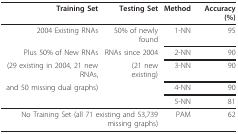
| Training Set | Testing Set | Method | Accuracy (%) |
 | --- | --- | --- | --- |
 | 2004 Existing RNAs | 50% of newly found | 1-NN | 95 |
 | Plus 50% of New RNAs | RNAs since 2004 | 2-NN | 90 |
 | (29 existing in 2004, 21 new RNAs, | (21 new existing) | 3-NN | 90 |
 | and 50 missing dual graphs) |  | 4-NN | 90 |
 |  |  | 5-NN | 81 |
 | <COLSPAN=2> No Training Set (all 71 existing and 53,739 missing graphs) | PAM | 62 |